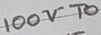
Text: 100VTO